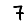
Digit: 7